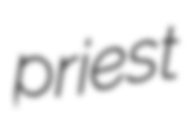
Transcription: priest